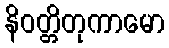
နိဝတ္တိတုကာမော